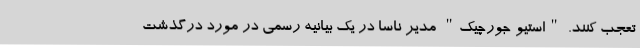
تعجب کنند. "استیو جورچیک" مدیر ناسا در یک بیانیه رسمی در مورد درگذشت